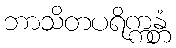
ဘာသိတပရိက္ကန္တံ